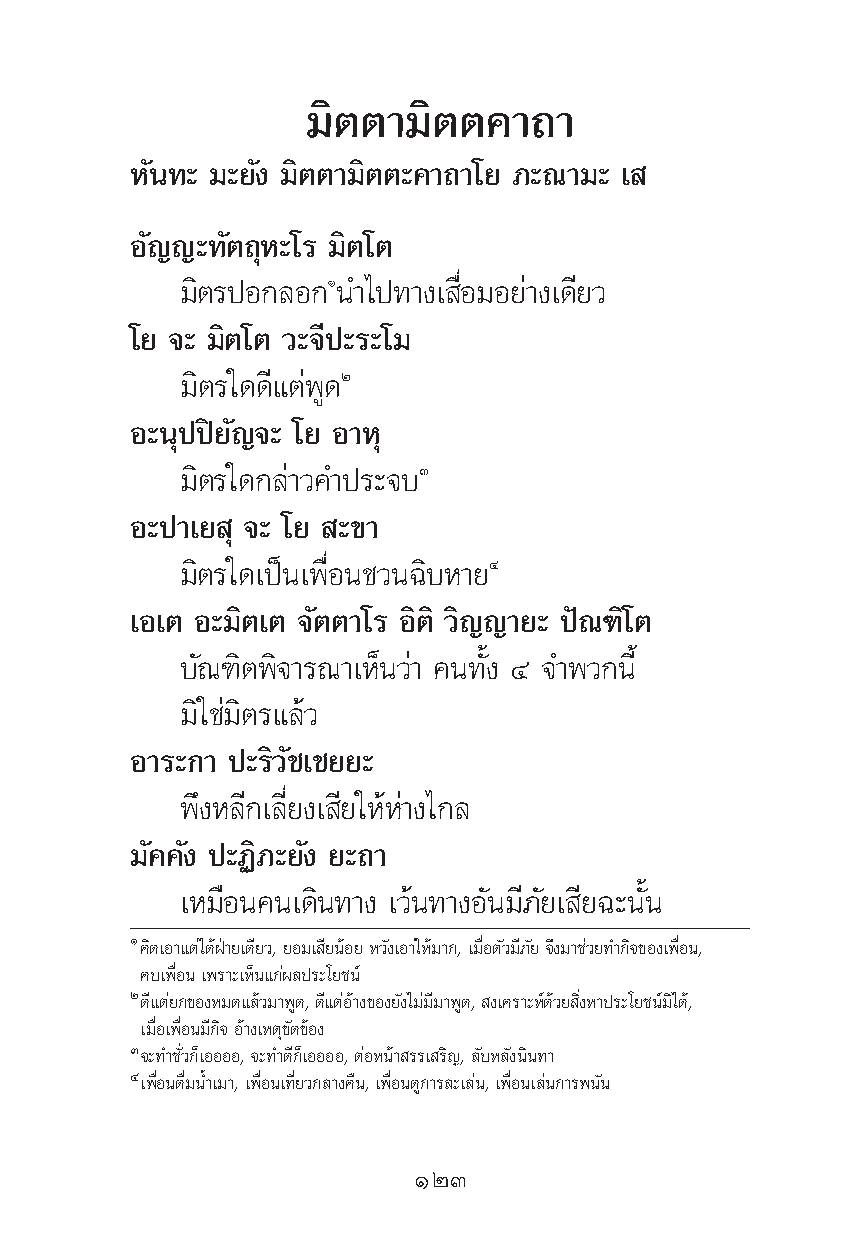
¡‘μμ“¡‘μμ§“∂“
 À—π∑– ¡–¬—ß ¡‘μμ“¡‘μμ–§“∂“‚¬ ¿–≥“¡– ‡
 Õ—≠≠–∑—μ∂ÿÀ–‚√ ¡‘μ‚μ
 ¡‘μ√ªÕ°≈Õ°Òπ”‰ª∑“ß‡ ◊ËÕ¡Õ¬à“ß‡¥’¬«
 ‚¬ ®– ¡‘μ‚μ «–®’ª–√–‚¡
 ¡‘μ√„¥¥’·μàæŸ¥Ú
 Õ–πÿªªî¬—≠®– ‚¬ Õ“Àÿ
 ¡‘μ√„¥°≈à“«§”ª√–®∫Û
 Õ–ª“‡¬ ÿ ®– ‚¬ –¢“
 ¡‘μ√„¥‡ªìπ‡æ◊ËÕπ™«π©‘∫À“¬Ù
 ‡Õ‡μ Õ–¡‘μ‡μ ®—μμ“‚√ Õ‘μ‘ «‘≠≠“¬– ªí≥±‘‚μ
 ∫—≥±‘μæ‘®“√≥“‡ÀÁπ«à“ §π∑—Èß Ù ®”æ«°π’È
 ¡‘„™à¡‘μ√·≈â«
 Õ“√–°“ ª–√‘«—™‡™¬¬–
 æ÷ßÀ≈’°‡≈’Ë¬ß‡ ’¬„ÀâÀà“ß‰°≈
 ¡—§§—ß ª–Ø‘¿–¬—ß ¬–∂“
 ‡À¡◊Õπ§π‡¥‘π∑“ß ‡«âπ∑“ßÕ—π¡’¿—¬‡ ’¬©–π—Èπ
 Ò§‘¥‡Õ“·μà‰¥âΩÉ“¬‡¥’¬«, ¬Õ¡‡ ’¬πâÕ¬ À«—ß‡Õ“„Àâ¡“°, ‡¡◊ËÕμ—«¡’¿—¬ ®÷ß¡“™à«¬∑”°‘®¢Õß‡æ◊ËÕπ,
 §∫‡æ◊ËÕπ ‡æ√“–‡ÀÁπ·°àº≈ª√–‚¬™πå
 Ú¥’·μà¬°¢ÕßÀ¡¥·≈â«¡“æŸ¥, ¥’·μàÕâ“ß¢Õß¬—ß‰¡à¡’¡“æŸ¥, ß‡§√“–Àå¥â«¬ ‘ËßÀ“ª√–‚¬™πå¡‘‰¥â,
 ‡¡◊ËÕ‡æ◊ËÕπ¡’°‘® Õâ“ß‡Àμÿ¢—¥¢âÕß
 Û®–∑”™—Ë«°Á‡ÕÕÕÕ, ®–∑”¥’°Á‡ÕÕÕÕ, μàÕÀπâ“ √√‡ √‘≠, ≈—∫À≈—ßπ‘π∑“
 Ù‡æ◊ËÕπ¥◊Ë¡πÈ”‡¡“, ‡æ◊ËÕπ‡∑’Ë¬«°≈“ß§◊π, ‡æ◊ËÕπ¥Ÿ°“√≈–‡≈àπ, ‡æ◊ËÕπ‡≈àπ°“√æπ—π
 ÒÚÛ